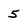
Character: 5